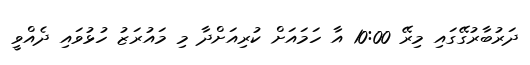
ދަރުބާރުގޭގައި މިރޭ 10:00 އާ ހަމައަށް ކުރިއަށްދާ މި މައުރަޒު ހުޅުވައި ދެއްވީ